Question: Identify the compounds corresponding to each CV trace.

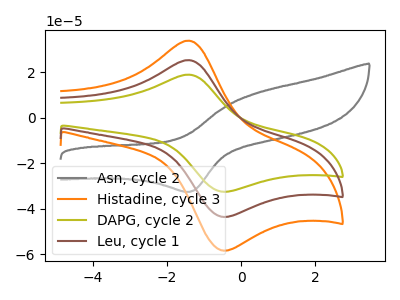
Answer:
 <answer>The gray curve is labeled "Asn, cycle 2". The orange curve is labeled "Histadine, cycle 3". The olive curve is labeled "DAPG, cycle 2". The brown curve is labeled "Leu, cycle 1".</answer>
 <eval></eval>